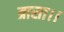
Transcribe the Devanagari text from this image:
त्रासा।।